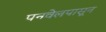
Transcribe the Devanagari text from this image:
पनवेलपासून